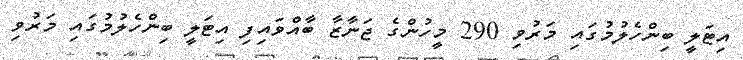
އިޓަލީ ބިންހެލުމުގައި މަރުވި 290 މީހުންގެ ޖަނާޒާ ބާއްވައިފި އިޓަލީ ބިންހެލުމުގައި މަރުވި